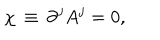
\chi \, \equiv \, \partial ^ { j } A ^ { j } = 0 ,